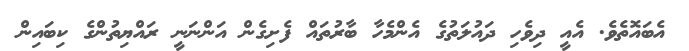
އެބައޮތެވެ. އެއީ ދިވެހި ދައުލަތުގެ އެންމެހާ ބާރުތައް ފެށިގެން އަންނަނީ ރައްޔިތުންގެ ކިބައިން